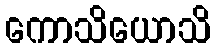
ကောသိယောသိ